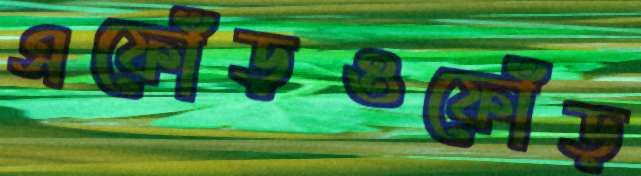
এফোঁড়ওফোঁড়